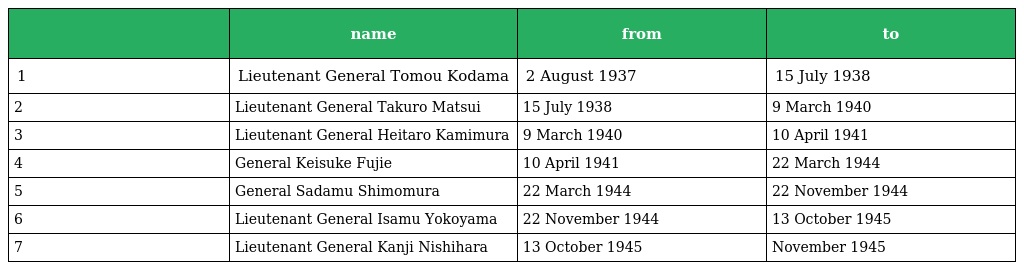
|  | name | from | to |
 | --- | --- | --- | --- |
 | 1 | Lieutenant General Tomou Kodama | 2 August 1937 | 15 July 1938 |
 | 2 | Lieutenant General Takuro Matsui | 15 July 1938 | 9 March 1940 |
 | 3 | Lieutenant General Heitaro Kamimura | 9 March 1940 | 10 April 1941 |
 | 4 | General Keisuke Fujie | 10 April 1941 | 22 March 1944 |
 | 5 | General Sadamu Shimomura | 22 March 1944 | 22 November 1944 |
 | 6 | Lieutenant General Isamu Yokoyama | 22 November 1944 | 13 October 1945 |
 | 7 | Lieutenant General Kanji Nishihara | 13 October 1945 | November 1945 |